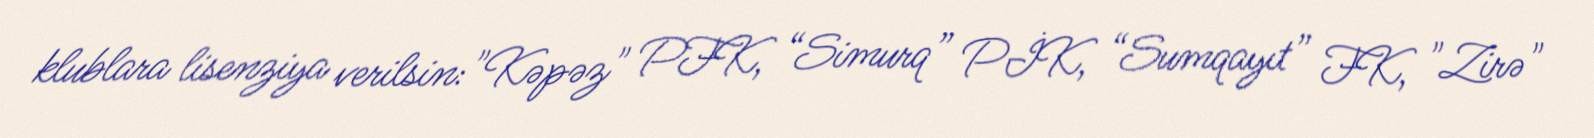
klublara lisenziya verilsin:"Kəpəz" PFK, “Simurq” PİK, “Sumqayıt” FK, "Zirə"